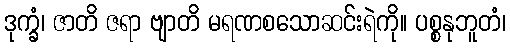
ဒုက္ခံ၊ ဇာတိ ဇရာ ဗျာတိ မရဏစသောဆင်းရဲကို။ ပစ္စနုဘူတံ၊